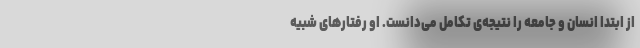
از ابتدا انسان‌ و جامعه را نتیجه‌ی تکامل می‌دانست. او رفتارهای شبیه